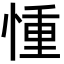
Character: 𢝆